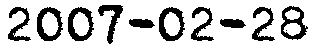
2007-02-28